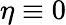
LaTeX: \eta\equiv 0